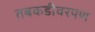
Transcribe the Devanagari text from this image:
तबकडीवरपण